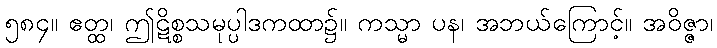
၅၈၄။ ဧတ္ထ၊ ဤဋိစ္စသမုပ္ပါဒကထာ၌။ ကသ္မာ ပန၊ အဘယ်ကြောင့်။ အဝိဇ္ဇာ၊